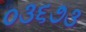
૦૩૬૭૩